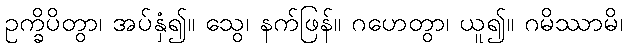
ဥက္ခိပိတွာ၊ အပ်နှံ၍။ သွေ၊ နက်ဖြန်။ ဂဟေတွာ၊ ယူ၍။ ဂမိဿာမိ၊